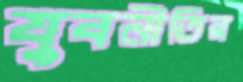
যুবনীতির